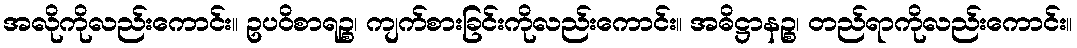
အလိုကိုလည်းကောင်း။ ဥပဝိစာရဉ္စ၊ ကျက်စားခြင်းကိုလည်းကောင်း။ အဓိဋ္ဌာနဉ္စ၊ တည်ရာကိုလည်းကောင်း။